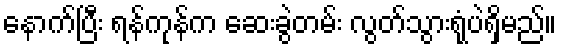
နောက်ပြီး ရန်ကုန်က ဆေးခွဲတမ်း လွတ်သွားရုံပဲရှိမည်။